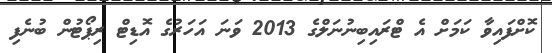
ކޮށްފައިވާ ކަމަށް އެ ޓްރައިބިނުނަލްގެ 2013 ވަނަ އަހަރުގެ އޮޑިޓް ރިޕޯޓުން ބުނެފި